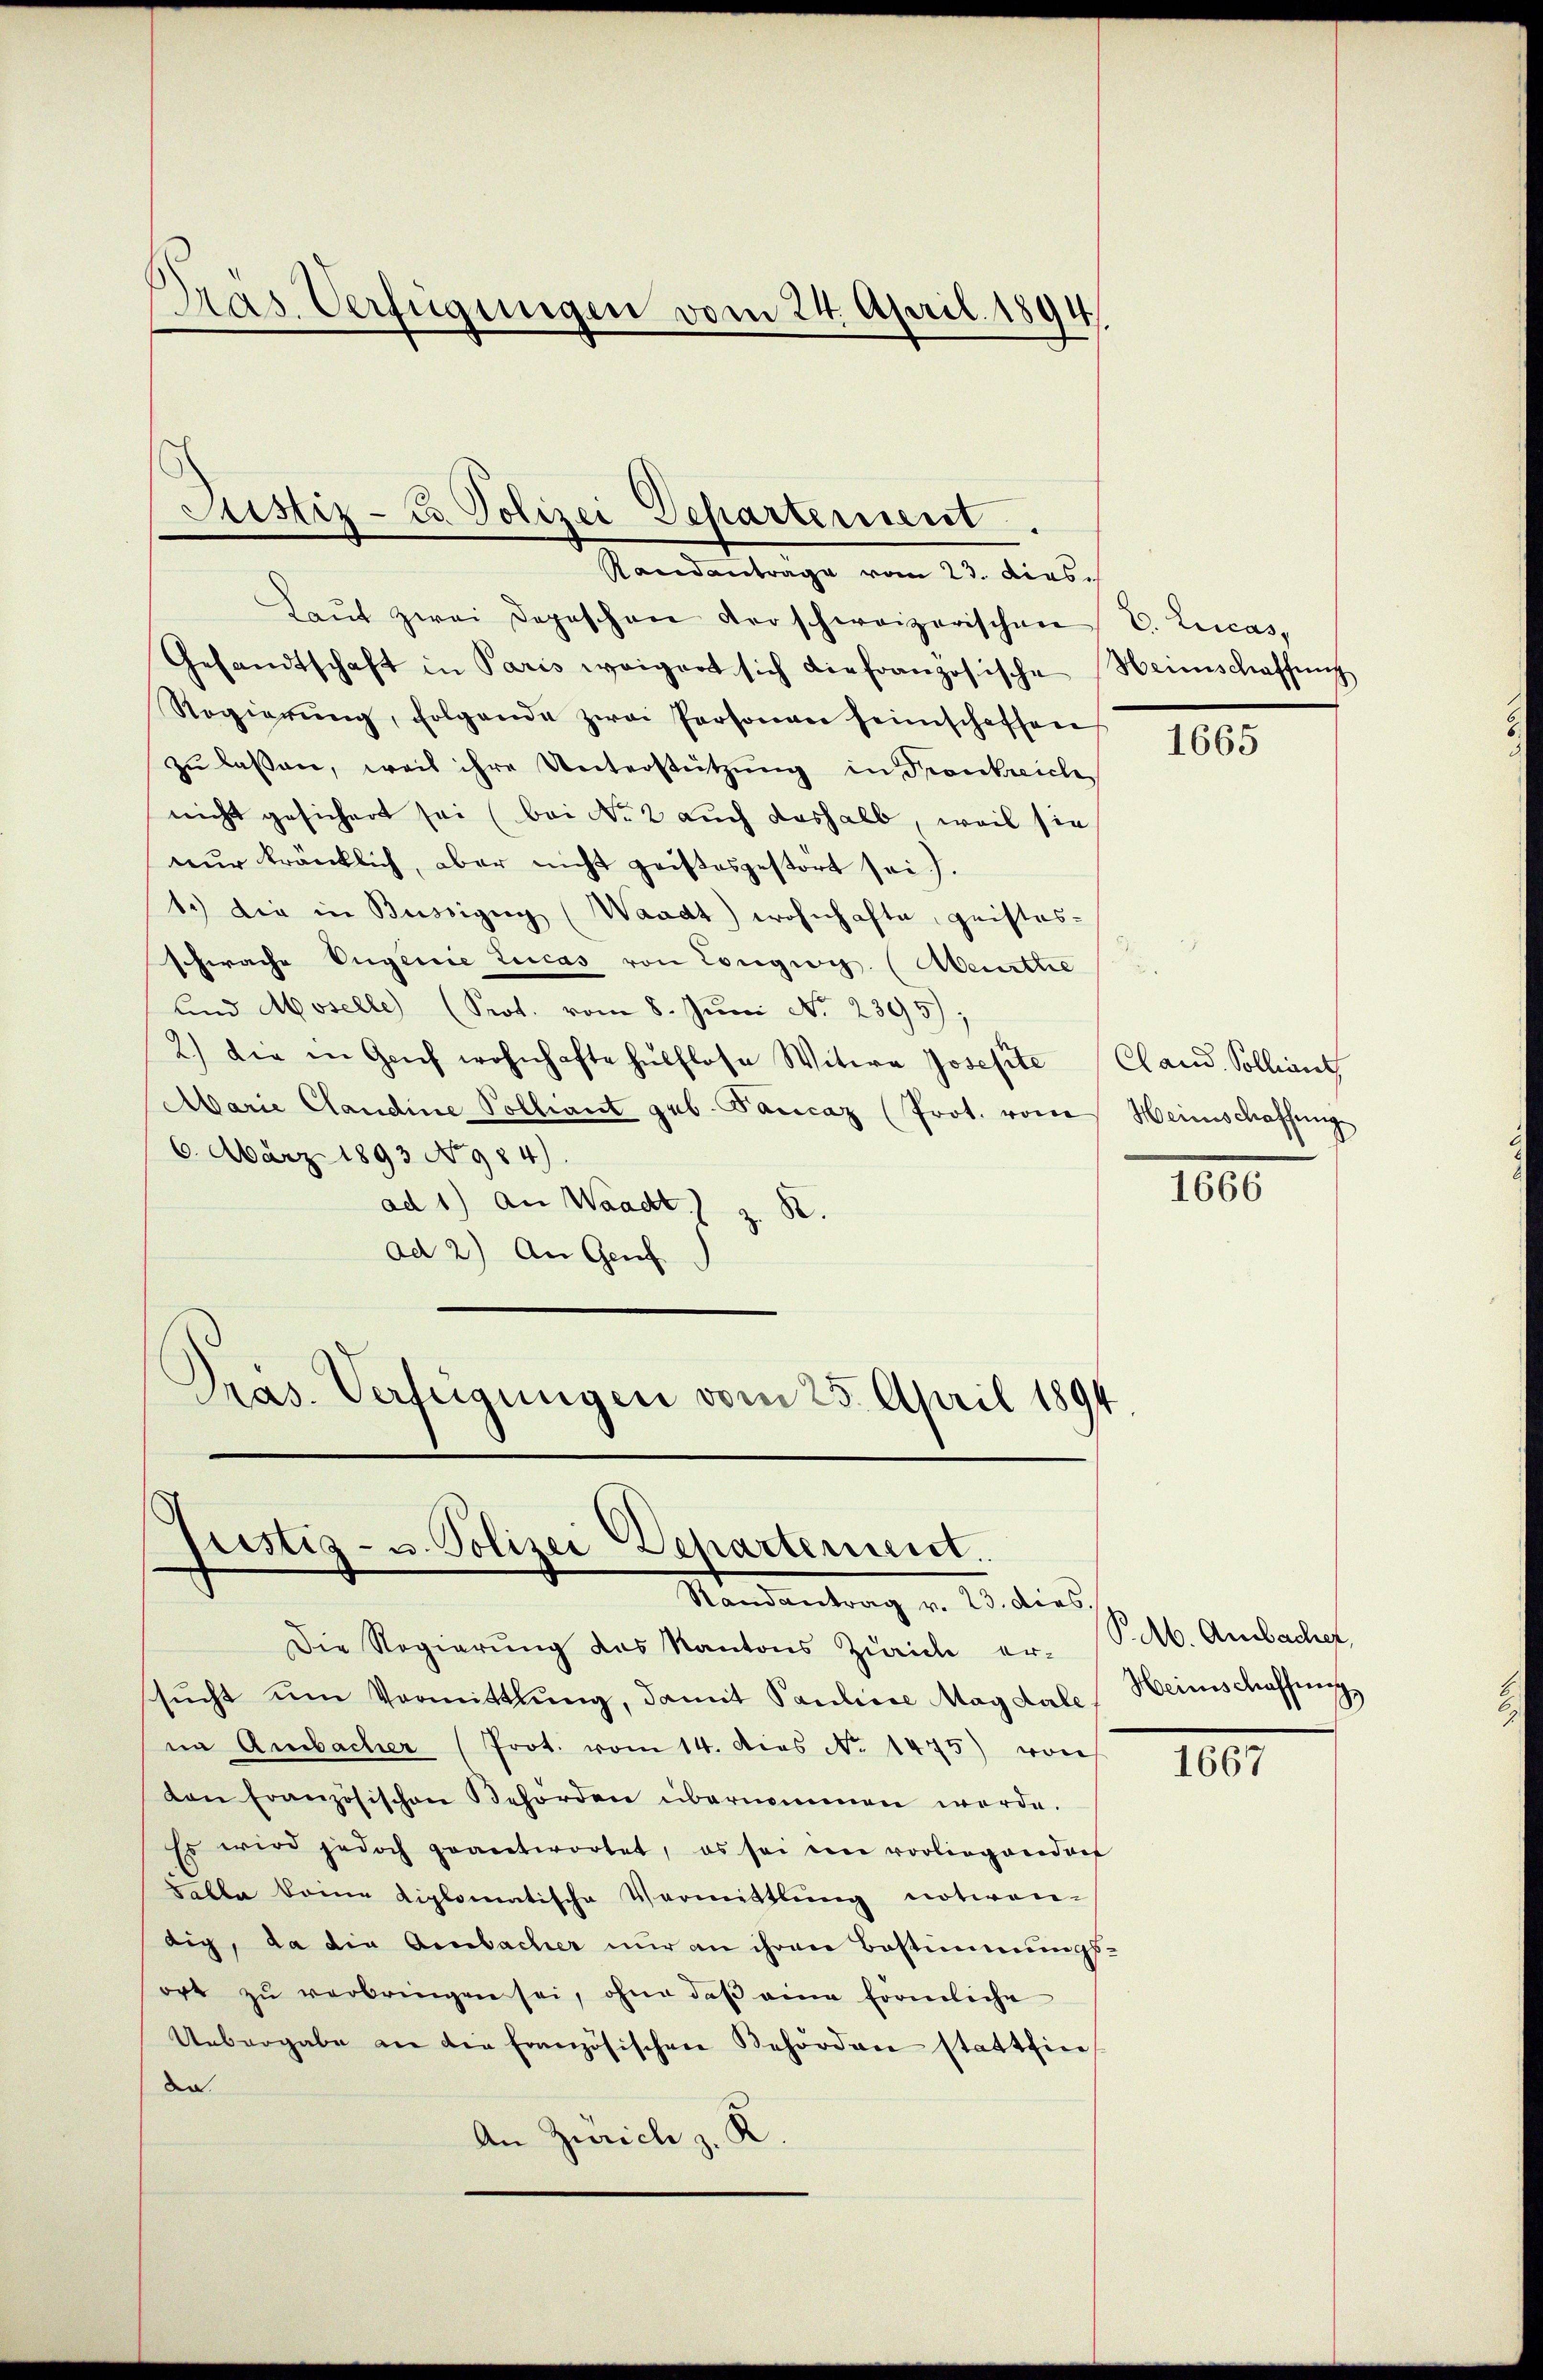
Laŭt zwei Depeschen der schweizerischen
Gesandtschaft in Paris weigert sich die französische
Regierŭng, folgende zwei Personen seinschaffen
zu lassen, weis ihre Unterstützung in Fronkreich
nicht gesichert sei (bei No 2 auch deshalb, weil sie
nur kränklich, aber nicht geistesgestört sei.
1.) die in Büssigug (Waadt wohnhafte, geistes-
schwache Engenie Leicas von Longwis. (Meurthe
und Moselle (Prot. vom 8. Jŭni No 2395);
2.) Die in Geich wohnhafte hülflose Witwe Josefite
Marie Claudine Volliant geb. Tancaz (Prot. vom Heinschaffungs
6. März 1893 No 984).
ad 1) an Waadt) z. B.
ad 2) An Genf
Präs. Verfügungen vom 25. April 1894

Pras Verfügungen vom 24. April 1894,

Justiz- u. Polizei Departement.
Randantrage vom 23. dies

justiz- u. Polizei Dehartement.
Randantrag v. 25. dies

Die Regierung des Kantons Zürich ersŭcht um Vormittlung, damit Pauline Magdale
na Ambacher (Prot. vom 14. dies No 1475) von
von Französischen Behörden übernommen werde.
Es wird jedoch geantwortet, es sei ein vorliegenden
Falle keine diplomatische Vormittlung notwen-
dig, da die Ambacher nur an ihren Bestimmungs-
ort zŭ verbringen sei, ohne daβ eine förmliche
Uebergabe an die französischen Behörden stattfin
de
An Zürich z. K.

E. Leicas,
Heimschaffung

1665

Cland. Solliant

1666

P. M. Ambacher,
Heimschaffung,

1667